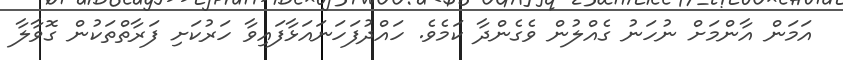
އަމަން އާންމަށް ނުހަނު ގެއްލުން ވެގެންދާ ކަމެވެ. ހައްދުފަހަނައަޅާފައިވާ ހަރުކަށި ފަރާތްތަކުން ގޮވާލާ